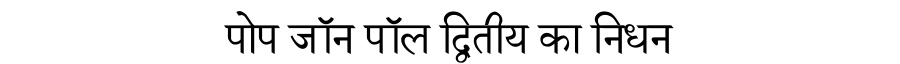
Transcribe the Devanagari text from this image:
पोप जॉन पॉल द्वितीय का निधन